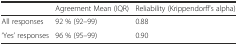
<table><thead><tr><td></td><td><b>Agreement Mean (IQR)</b></td><td><b>Reliability (Krippendorff’s alpha)</b></td></tr></thead><tbody><tr><td>All responses</td><td>92 % (92–99)</td><td>0.88</td></tr><tr><td>‘Yes’ responses</td><td>96 % (95–99)</td><td>0.90</td></tr></tbody></table>